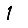
Digit: 1